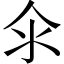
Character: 𱥯